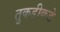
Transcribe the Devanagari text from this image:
तुकडीकडे